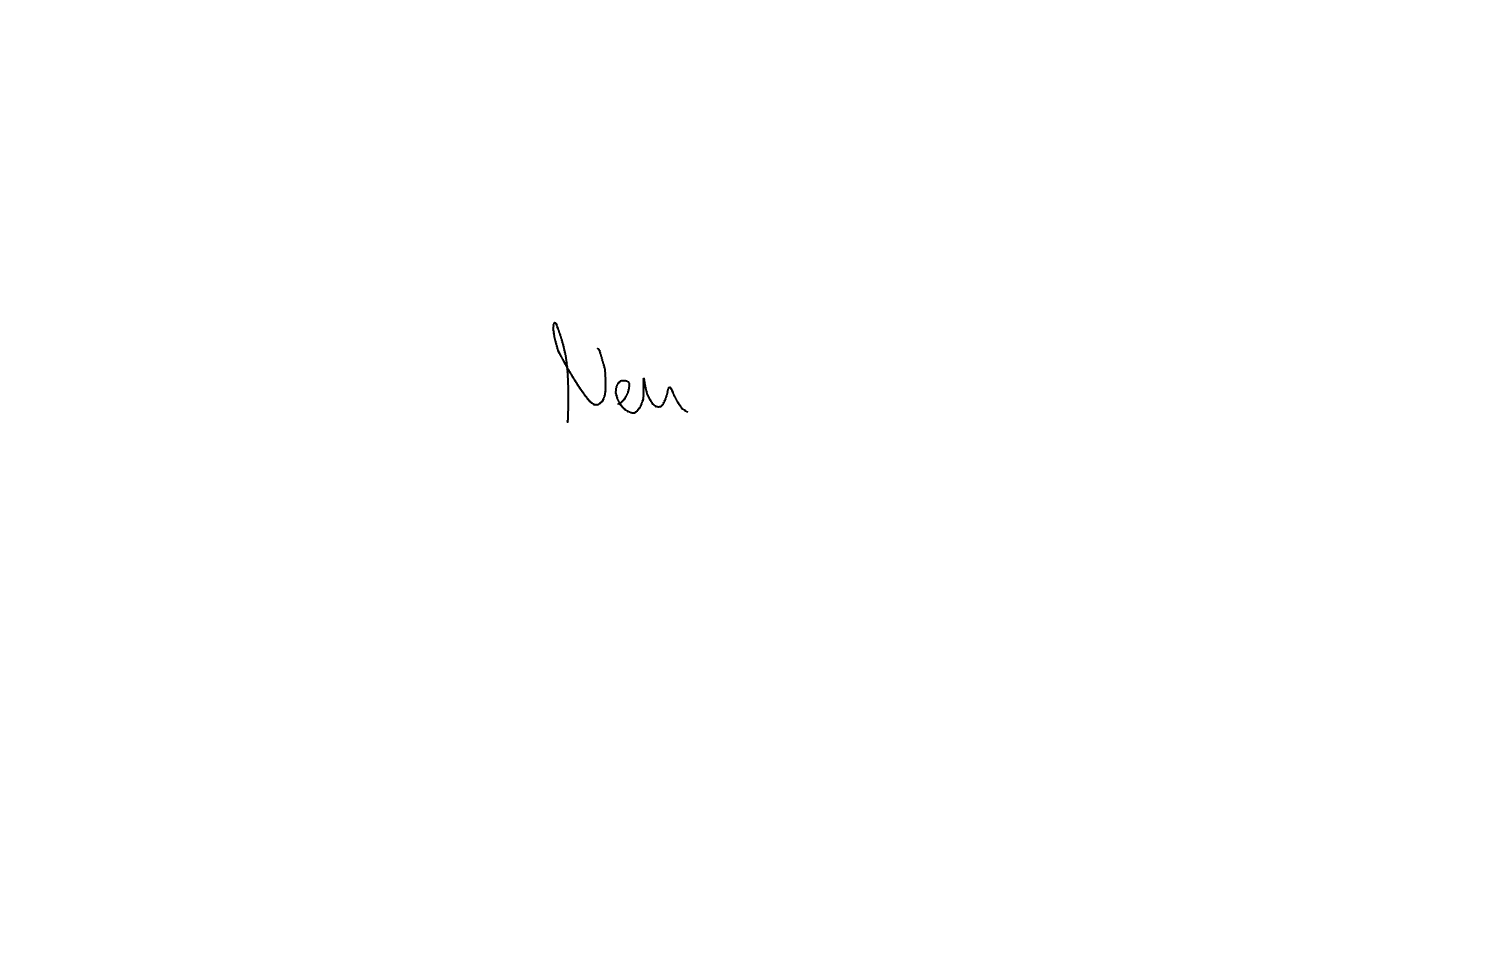
Text: Neu